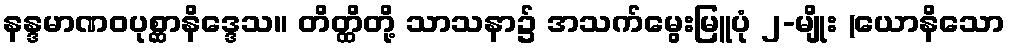
နန္ဒမာဏဝပုစ္ဆာနိဒ္ဒေသ။ တိတ္ထိတို့ သာသနာ၌ အသက်မွေးမြူပုံ ၂-မျိုး (ယောနိသော